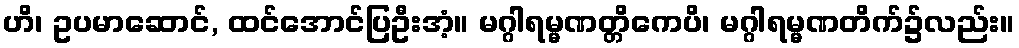
ဟိ၊ ဥပမာဆောင်, ထင်အောင်ပြဦးအံ့။ မဂ္ဂါရမ္မဏတ္တိကေပိ၊ မဂ္ဂါရမ္မဏတိက်၌လည်း။